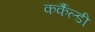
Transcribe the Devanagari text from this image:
कर्कैल्डी